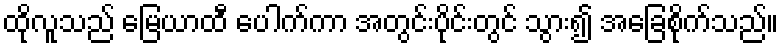
ထိုလူသည် မြေယာထီ ပေါက်ကာ အတွင်းပိုင်းတွင် သွား၍ အခြေစိုက်သည်။